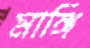
মাঙ্গি